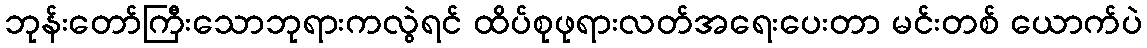
ဘုန်းတော်ကြီးသောဘုရားကလွဲရင် ထိပ်စုဖုရားလတ်အရေးပေးတာ မင်းတစ် ယောက်ပဲ